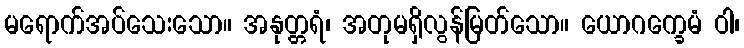
မရောက်အပ်သေးသော။ အနုတ္တရံ၊ အတုမရှိလွန်မြတ်သော။ ယောဂက္ခေမံ ဝါ၊